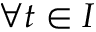
\forall t \in I